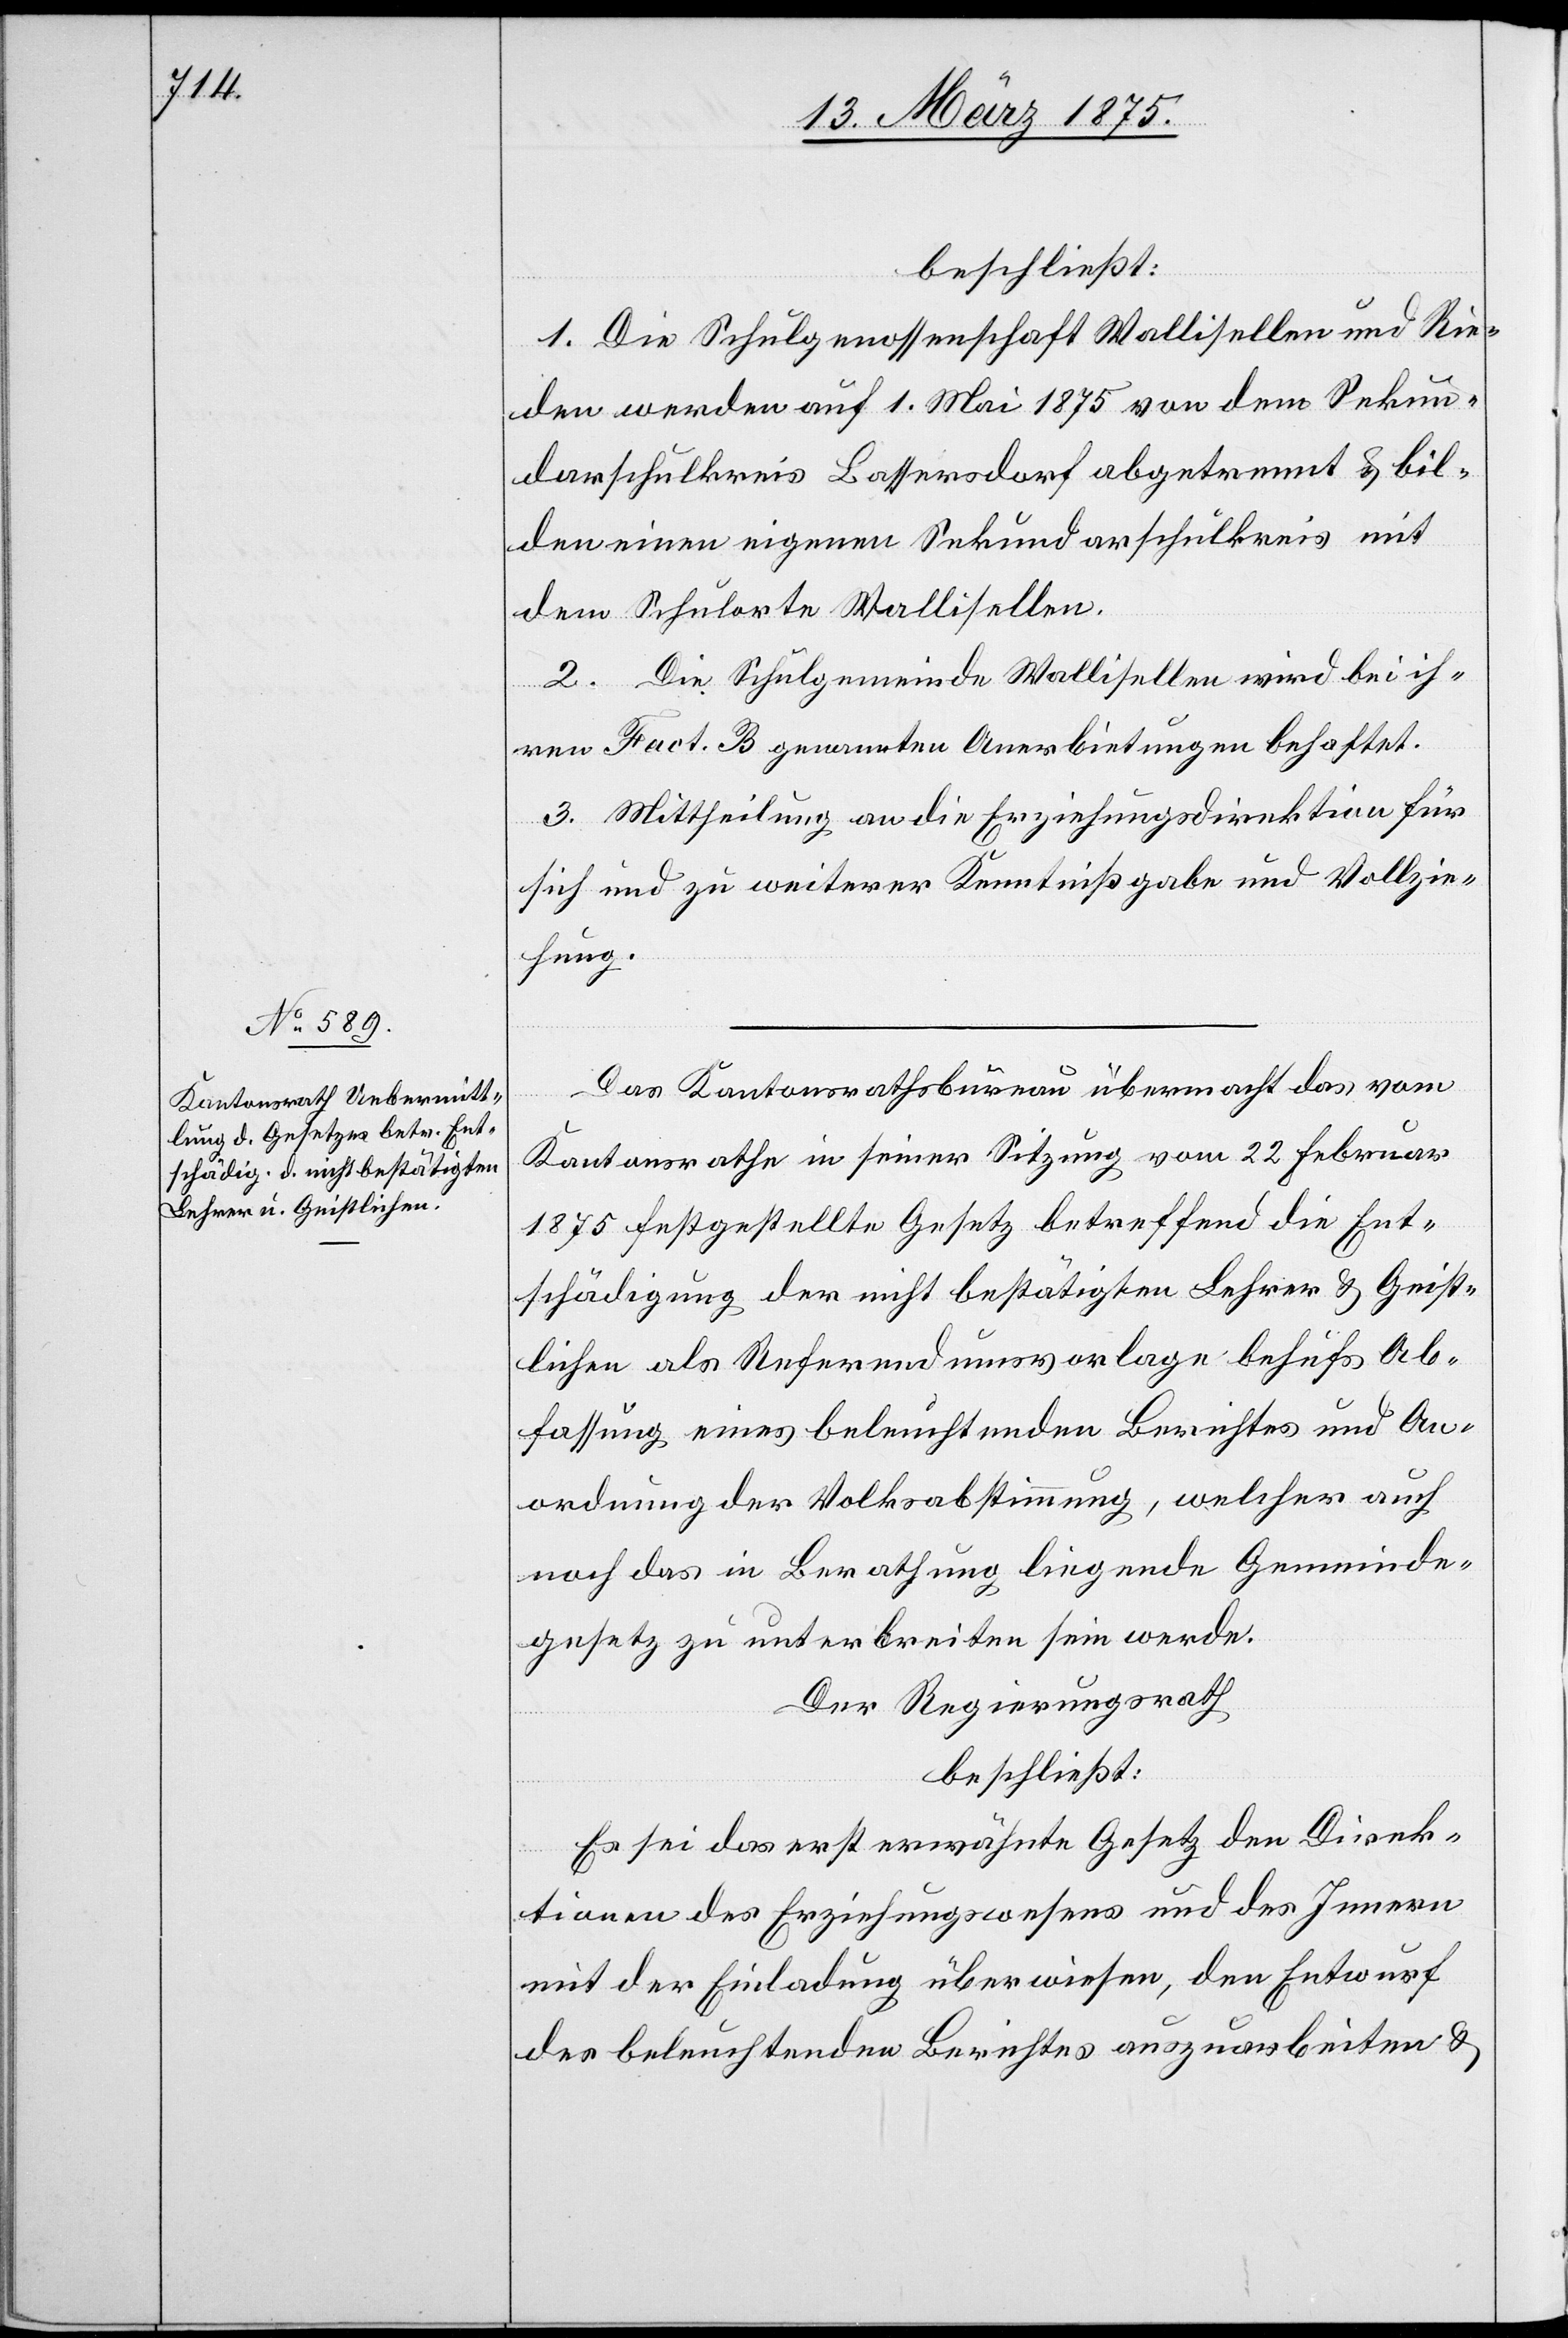
beschließt:
1. Die Schulgenossenschaft Wallisellen und Rie¬
den werden auf 1. Mai 1875 von dem Sekun¬
darschulkreis Bassersdorf abgetrennt & bil¬
den einen eigenen Sekundarschulkreis mit
dem Schulorte Wallisellen.
2. Die Schulgemeinde Wallisellen wird bei ih¬
ren Fact. B genannten Anerbietungen behaftet.
3. Mittheilung an die Erziehungsdirektion für
sich und zu weiterer Kenntnißgabe und Vollzie¬
hung.
Das Kantonsrathsbureau übermacht das vom
Kantonsrathe in seiner Sitzung vom 22. Februar
1875 festgestellte Gesetz betreffend die Ent¬
schädigung der nicht bestätigten Lehrer & Geist¬
lichen als Referendumsvorlage behufs Abs¬
chaffung eines beleuchtenden Berichtes und An¬
ordnung der Volksabstimmung, welcher auch
noch das in Berathung liegende Gemeinde¬
gesetz zu unterbreiten sein werde.
Der Regierungsrath
beschließt:
Es sei das erst erwähnte Gesetz den Direk¬
tionen des Erziehungswesens und des Innern
mit der Einladung überwiesen, den Entwurf
des beleuchtenden Berichtes auszuarbeiten &